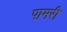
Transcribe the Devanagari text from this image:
पामरी